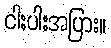
ငါးပါးအပြား။